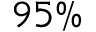
9 5 \%